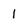
Character: I